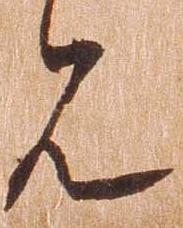
見